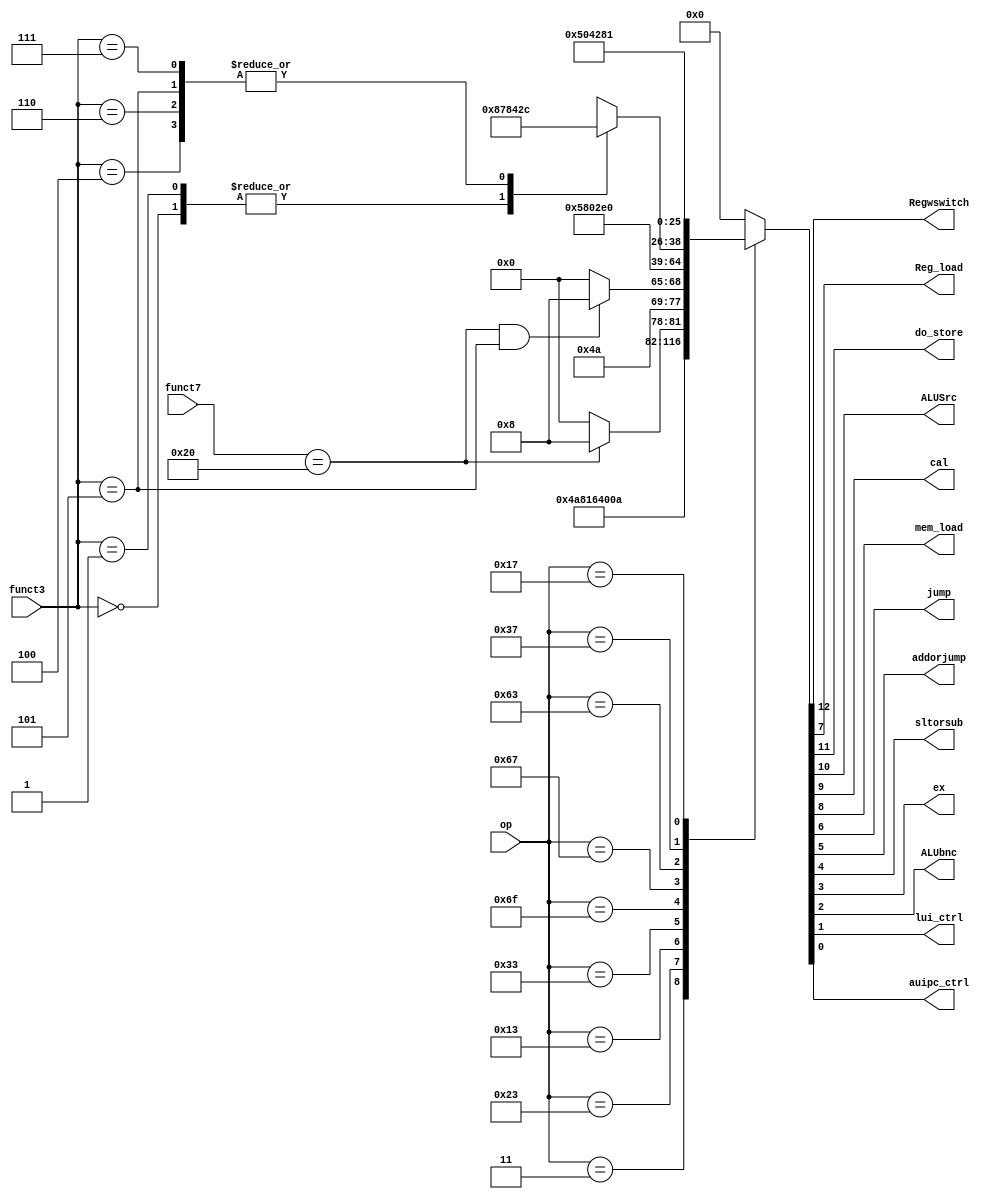
module controller(op, funct3, funct7, Regwswitch, Reg_load, do_store, ALUSrc, cal, mem_load, jump, addorjump, sltorsub, ex, ALUbnc, lui_ctrl, auipc_ctrl);
    input [6:0] op;
    input [2:0] funct3;
    input [6:0] funct7;
    output Regwswitch, Reg_load, do_store, ALUSrc, cal, mem_load, jump, addorjump, sltorsub, ex, ALUbnc, lui_ctrl, auipc_ctrl;

    wire [12:0] controls;

    assign {Regwswitch, do_store, ALUSrc, cal, mem_load, Reg_load, jump, addorjump, sltorsub, ex, ALUbnc, lui_ctrl, auipc_ctrl} = controls;
    assign controls = decode(op, funct3, funct7);

    function [12:0] decode(input [6:0] op, input [2:0] funct3, input [6:0] funct7);
    begin
        case(op)
        7'b0000011: decode = 13'b1001010100000;
        7'b0100011: decode = 13'b0101100100000;
        7'b0010011: case(funct7)
                    7'b0100000: decode = 13'b0000010101000;
                    default:    decode = 13'b0000010100000;
                    endcase
        7'b0110011: decode = ((funct7 == 7'b0100000) && (funct3 == 3'b101)) ? 13'b0010010101000 : 13'b0010010100000;
        7'b1101111: decode = 13'b0001011000000;
        7'b1100111: decode = 13'b0001011100000;
        7'b1100011: case(funct3)
                    3'b000: decode = 13'b0010000111100;
                    3'b001: decode = 13'b0010000111100;
                    3'b100: decode = 13'b0010000101100;
                    3'b101: decode = 13'b0010000101100;
                    3'b110: decode = 13'b0010000101100;
                    3'b111: decode = 13'b0010000101100;
                    endcase
        7'b0110111: decode = 13'b0001010000010;
        7'b0010111: decode = 13'b0001010000001;
        default:    decode = 13'b0000000000000;
        endcase
    end
    endfunction
endmodule